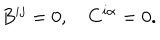
B ^ { i j } = 0 , \quad C ^ { i \alpha } = 0 .